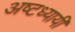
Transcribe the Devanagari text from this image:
अष्टध्यायी